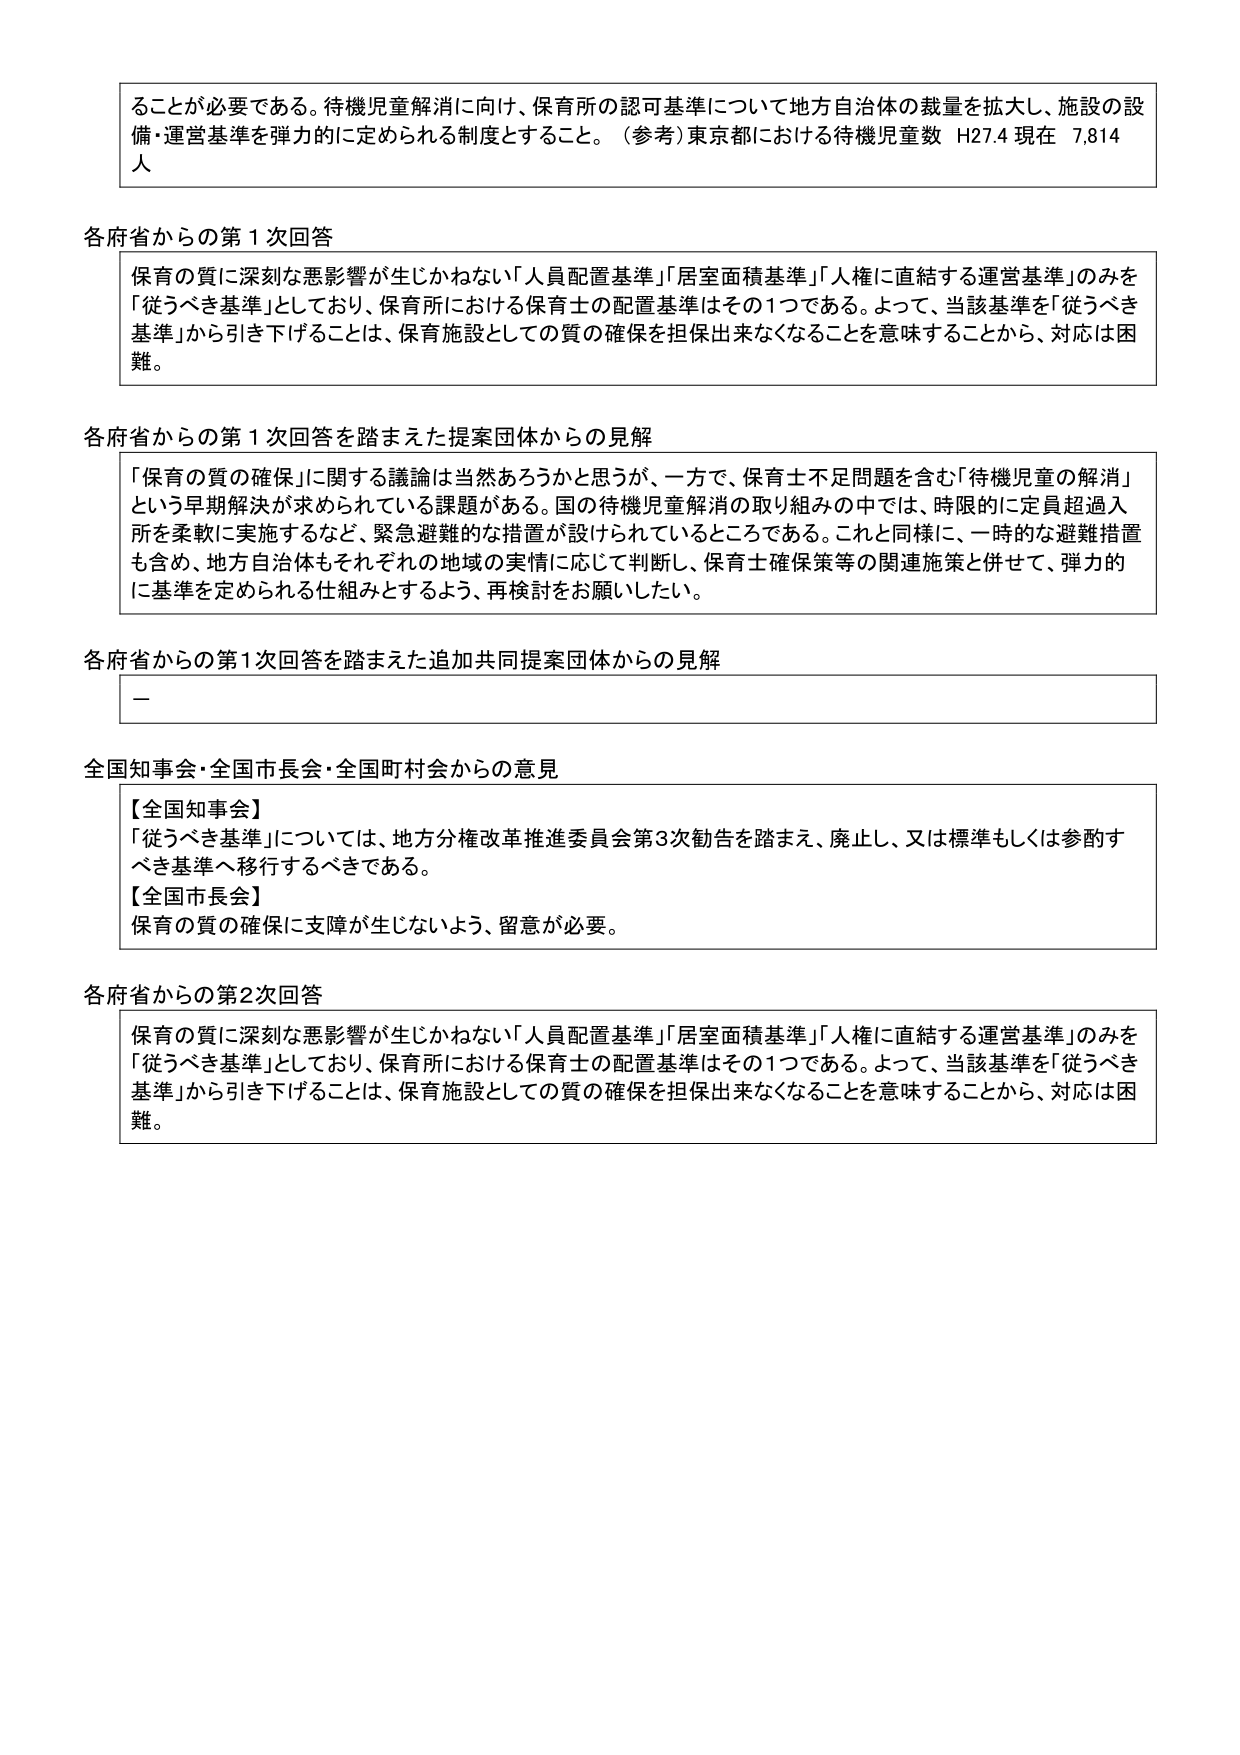
ることが必要である。待機児童解消に向け、保育所の認可基準について地方自治体の裁量を拡大し、施設の設備・運営基準を弾力的に定められる制度とすること。（参考）東京都における待機児童数 H27.4 現在 7,814人

各府省からの第1次回答
保育の質に深刻な悪影響が生じかねない「人員配置基準」「居室面積基準」「人権に直結する運営基準」のみを「従うべき基準」としており、保育所における保育士の配置基準はその1つである。よって、当該基準を「従うべき基準」から引き下げることは、保育施設としての質の確保を担保出来なくなることを意味することから、対応は困難。

各府省からの第1次回答を踏まえた提案団体からの見解
「保育の質の確保」に関する議論は当然あろうかと思うが、一方で、保育士不足問題を含む「待機児童の解消」という早期解決が求められている課題がある。国の待機児童解消の取り組みの中では、時限的に定員超過入所を柔軟に実施するなど、緊急避難的な措置が設けられているところである。これと同様に、一時的な避難措置も含め、地方自治体もそれぞれの地域の実情に応じて判断し、保育士確保策等の関連施策と併せて、弾力的に基準を定められる仕組みとするよう、再検討をお願いしたい。

各府省からの第1次回答を踏まえた追加共同提案団体からの見解
－

全国知事会・全国市長会・全国町村会からの意見
【全国知事会】
「従うべき基準」については、地方分権改革推進委員会第3次勧告を踏まえ、廃止し、又は標準もしくは参酌すべき基準へ移行するべきである。
【全国市長会】
保育の質の確保に支障が生じないよう、留意が必要。

各府省からの第2次回答
保育の質に深刻な悪影響が生じかねない「人員配置基準」「居室面積基準」「人権に直結する運営基準」のみを「従うべき基準」としており、保育所における保育士の配置基準はその1つである。よって、当該基準を「従うべき基準」から引き下げることは、保育施設としての質の確保を担保出来なくなることを意味することから、対応は困難。